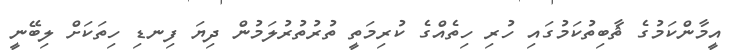
އީމާންކަމުގެ ޘާބިތުކަމުގައި ހުރި ހިތެއްގެ ކުރިމަތީ ތުރުތުރުލަމުން ދިޔަ ފިނޑި ހިތަކަށް ލިބޭނީ